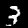
Digit: 3